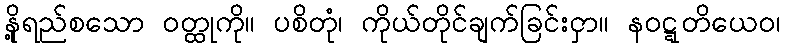
နို့ရည်စသော ဝတ္ထုကို။ ပစိတုံ၊ ကိုယ်တိုင်ချက်ခြင်းငှာ။ နဝဋ္ဋတိယေဝ၊